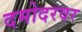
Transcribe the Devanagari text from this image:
दमोदरवर